Lunatic asylums Bombay report 1891-1903 - 1891-1903
Year: 1891
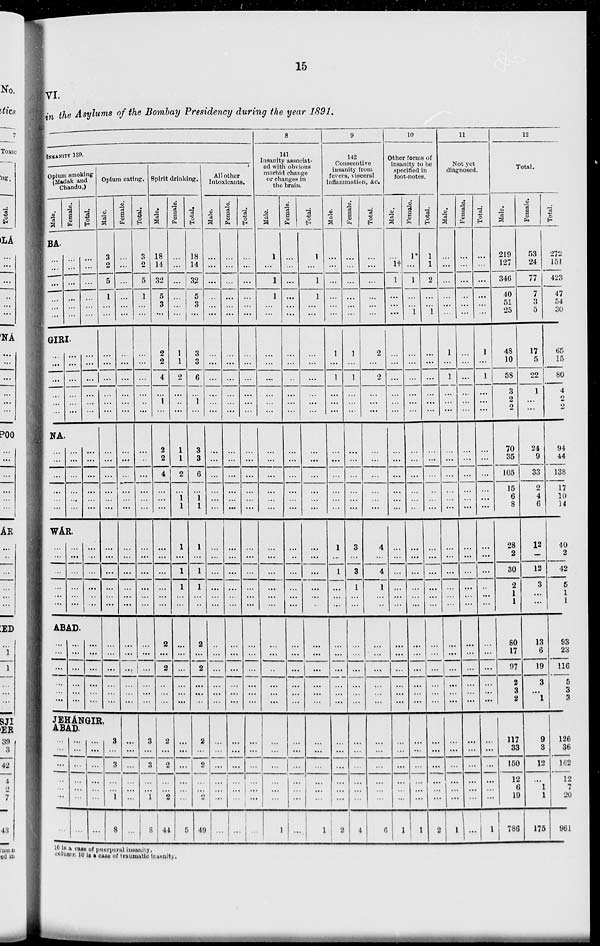
15
VI.
in the Asylums of the Bombay Presidency during the year 1891.
INSANITY 139.
Opium smoking
(Madak and
Chandu,)
Male.
BA.
...
...
...
...
...
...
Female.
...
...
...
...
...
...
GIRI.
...
...
...
...
...
...
...
...
...
...
...
...
NA.
...
...
...
...
...
...
...
...
...
...
...
...
WÁR.
...
...
...
...
...
...
...
...
...
...
...
...
ABAD.
...
...
...
...
...
...
...
...
...
...
...
...
Total.
...
...
...
...
...
...
...
...
...
...
...
...
...
...
...
...
...
...
...
...
...
...
...
...
...
...
...
...
...
...
Opium eating.
Male.
3
2
5
1
...
...
...
...
...
...
...
...
...
...
...
...
...
...
...
...
...
...
...
...
...
...
...
...
...
...
JEHÁNGIR,
ABAD.
...
...
...
...
...
...
...
...
...
...
...
...
...
...
...
...
...
...
...
...
...
3
...
3
...
...
1
8
Female.
...
...
...
...
...
...
...
...
...
...
...
...
...
...
...
...
...
...
...
...
...
...
...
...
...
...
...
...
...
...
...
...
...
...
...
...
...
Total.
3
2
5
1
...
...
...
...
...
...
...
...
...
...
...
...
...
...
...
...
...
...
...
...
...
...
...
...
...
...
3
...
3
...
...
1
8
Spirit drinking.
Male.
18
14
32
5
3
...
2
2
4
...
1
...
2
2
4
...
...
...
...
...
...
...
...
...
2
...
2
...
...
...
2
...
2
...
...
2
44
Female.
...
...
...
...
...
...
1
1
2
...
..
...
1
1
2
...
1 1
1
...
1
1
...
...
...
...
...
...
...
...
...
...
...
...
...
...
5
Total.
18
14
32
5
3
...
3
3
6
...
1
...
3
3
6
...
1
1
l
...
1
1
...
..
2
...
2
...
...
...
2
...
2
...
...
2
49
All other
Intoxicants.
Male.
...
...
...
...
...
...
...
...
...
...
...
...
...
...
...
...
...
...
...
...
...
...
...
...
...
...
...
...
...
...
...
...
...
...
...
...
...
Female.
...
...
...
...
...
...
...
...
...
...
...
...
...
...
...
...
...
...
...
...
...
...
...
...
...
...
...
...
...
...
...
...
...
...
...
...
...
Total.
...
...
...
...
...
...
...
...
...
...
...
...
...
...
...
...
...
...
...
...
...
...
...
...
...
...
...
...
...
...
...
...
...
...
...
...
...
8
141
Insanity associat-
ed with obvious
morbid change
or changes in
the brain.
Male.
1
...
1
1
...
...
...
...
...
...
...
...
...
...
...
...
...
...
...
...
...
...
...
...
...
...
...
...
...
...
...
...
...
...
...
...
1
Female.
...
...
...
...
...
...
...
...
...
...
...
...
...
...
...
...
...
...
...
...
...
...
...
...
...
...
...
...
...
...
...
...
...
...
...
...
...
Total.
1
...
1
1
...
...
...
...
...
...
...
...
...
...
...
...
...
...
...
...
...
...
...
...
...
...
...
...
...
...
...
...
...
...
...
...
1
9
142
Consecutive
insanity from
fevers, visceral
inflammation, &c.
Male.
...
...
...
...
...
...
1
...
1
...
...
...
...
...
...
...
...
...
1
...
1
...
...
...
...
...
...
...
...
...
...
...
...
...
...
...
2
Female.
...
...
...
...
...
...
1
...
1
...
...
...
...
...
...
...
...
...
3
...
3
1
...
...
...
...
...
...
...
...
...
...
...
...
...
...
4
Total.
...
...
...
...
...
...
2
...
2
...
...
...
...
...
...
...
...
...
4
...
4
1
...
...
...
...
...
...
...
...
...
...
...
...
...
...
6
10
Other forms of
insanity to be
specified in
foot-notes.
Male.
...
1†
1
...
...
...
...
...
...
...
...
...
...
...
...
...
...
...
...
...
...
...
...
...
...
...
...
...
...
...
...
...
...
...
...
...
1
Female.
1*
...
1
...
...
1
...
...
...
...
...
...
...
...
...
...
...
...
...
...
...
...
...
...
...
...
...
...
...
...
...
...
...
...
...
...
1
Total.
1
1
2
...
...
1
...
...
...
...
...
...
...
...
...
...
...
...
...
...
...
...
...
...
...
...
...
...
...
...
...
...
...
...
...
...
2
11
Not yet
diagnosed.
Male.
...
...
...
...
...
...
1
...
1
...
...
...
...
...
...
...
...
...
...
...
...
...
...
...
...
...
...
...
...
...
...
...
...
...
...
...
1
Female.
...
...
...
...
...
...
...
...
...
...
...
...
...
...
...
...
...
...
...
...
...
...
...
...
...
...
...
...
...
...
...
...
...
...
...
...
...
Total.
...
...
...
...
...
...
1
...
1
...
...
...
...
...
...
...
...
...
...
...
...
...
...
...
...
...
...
...
...
...
...
...
...
...
...
...
1
12
Total.
Male.
219
127
346
40
51
25
48
10
58
3
2
...
70
35
105
15
6
8
28
2
30
2
1
1
80
17
97
2
3
2
117
33
150
12
6
19
786
Female.
53
24
77
7
3
5
17
5
22
1
...
...
24
9
33
2
4
6
12
...
12
3
...
...
13
6
19
3
...
1
9
3
12
...
1
1
175
Total.
272
151
423
47
54
30
65
15
80
4
2
...
94
44
138
17
10
14
40
2
42
5
1
1
93
23
116
5
3
3
126
36
162
12
7
20
961
10 is a case of puerperal insanity.
column 10 is a case of traumatic insanity.